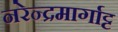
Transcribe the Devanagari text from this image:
नरेन्द्रमार्गाट्ट